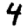
Digit: 4